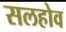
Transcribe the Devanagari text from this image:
सलहोव